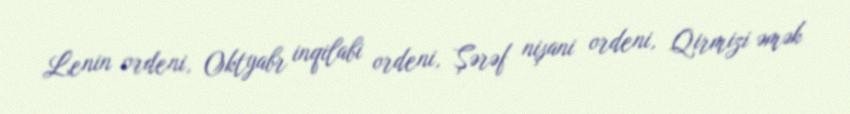
Lenin ordeni, Oktyabr inqilabi ordeni, Şərəf nişani ordeni, Qirmizi əmək